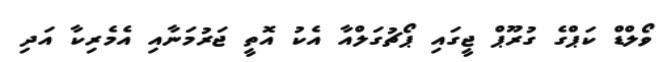
ވޯލްޑް ކަޕްގެ ގުރޫޕް ޖީގައި ޕޯޗުގަލްއާ އެކު އޮތީ ޖަރުމަނާއި އެމެރިކާ އަދި